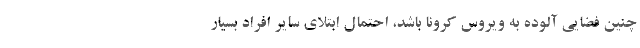
چنین فضایی آلوده به ویروس کرونا باشد، احتمال ابتلای سایر افراد بسیار